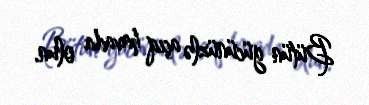
Bütün gücünüzlə açıq havada olun.